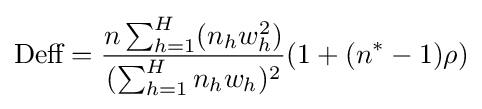
{\text{Deff}}={\frac {n\sum _{h=1}^{H}(n_{h}w_{h}^{2})}{(\sum _{h=1}^{H}n_{h}w_{h})^{2}}}(1+(n^{*}-1)\rho )